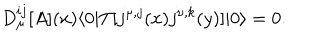
D _ { \mu } ^ { i j } [ A ] ( x ) \langle 0 | T [ j ^ { \mu , j } ( x ) j ^ { \nu , k } ( y ) ] | 0 \rangle = 0 .